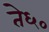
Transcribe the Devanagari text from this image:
ते६०